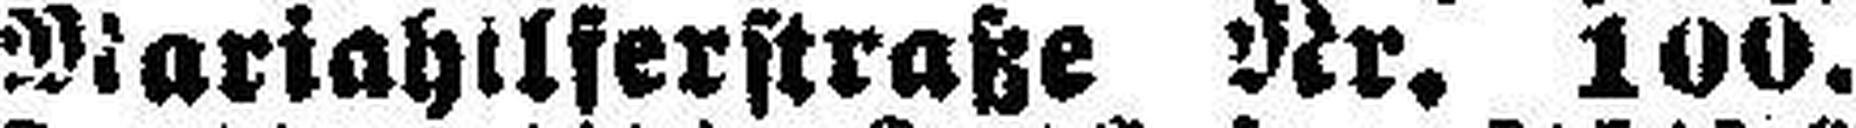
Mariahilferstraße Nr. 100.